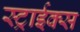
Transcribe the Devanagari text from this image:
स्ट्राईक्स